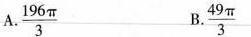
A. \frac{196 \pi}{3} B. \frac{49 \pi} {3}